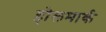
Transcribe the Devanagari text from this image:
होलमार्क